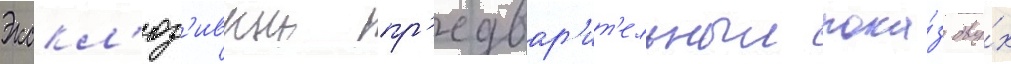
Экскл'юз'ивныи пр'едвар'ит'ельныи пока́з дву́х